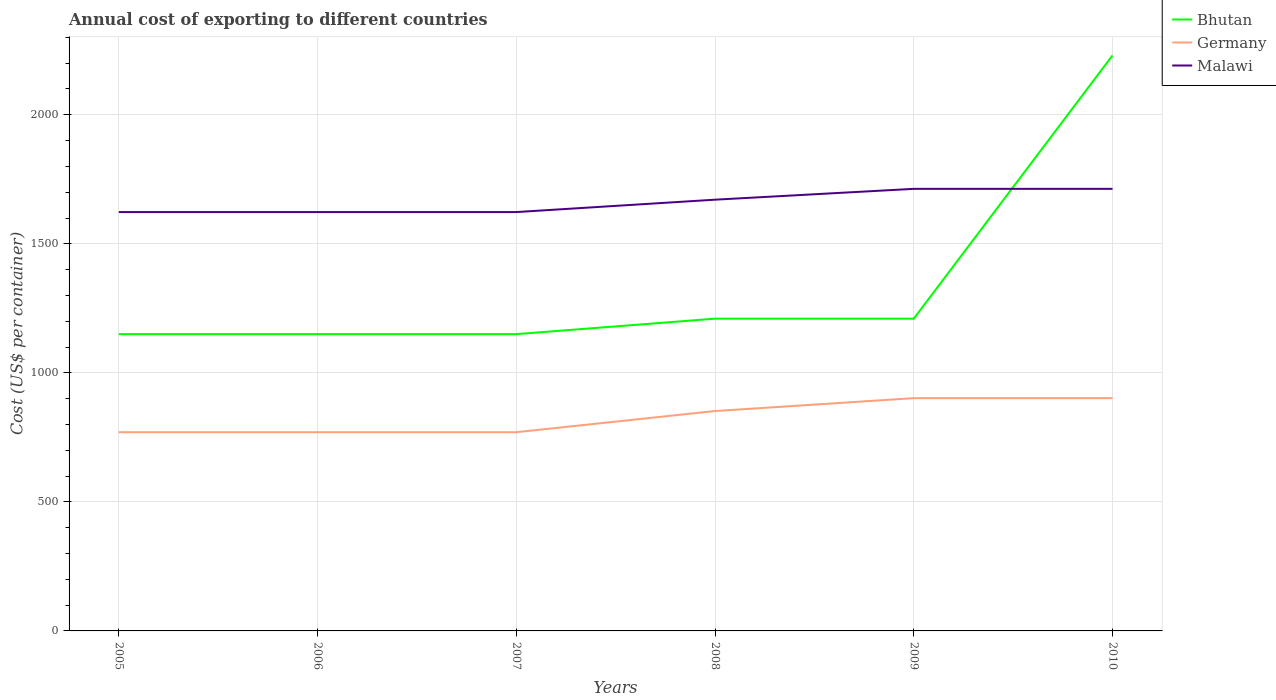
| Years | Bhutan | Germany | Malawi |
 | --- | --- | --- | --- |
 | 2005 | 1.15e+03 | 770 | 1.62e+03 |
 | 2006 | 1.15e+03 | 770 | 1.62e+03 |
 | 2007 | 1.15e+03 | 770 | 1.62e+03 |
 | 2008 | 1.21e+03 | 852 | 1.67e+03 |
 | 2009 | 1.21e+03 | 902 | 1.71e+03 |
 | 2010 | 2.23e+03 | 902 | 1.71e+03 |